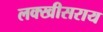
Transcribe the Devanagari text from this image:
लक्खीसराय